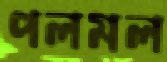
পলমল